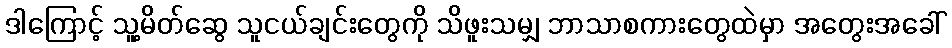
ဒါကြောင့် သူ့မိတ်ဆွေ သူငယ်ချင်းတွေကို သိဖူးသမျှ ဘာသာစကားတွေထဲမှာ အတွေးအခေါ်